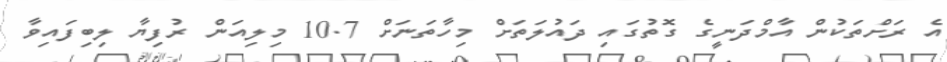
އެ ރަށްތަކުން އާމްދަނީގެ ގޮތުގައި ދައުލަތަށް މިހާތަނަށް 10.7 މިލިއަން ރުފިޔާ ލިބިފައިވާ